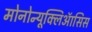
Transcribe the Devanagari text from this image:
मोनोन्यूक्लिऑसिस